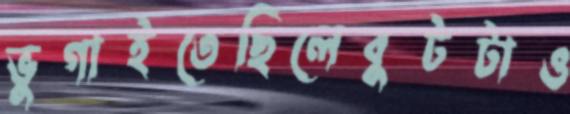
ভুগাইতেছিলেবুটটাও